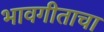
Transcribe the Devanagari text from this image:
भावगीताचा